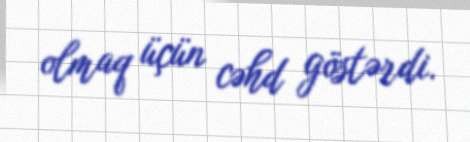
olmaq üçün cəhd göstərdi.